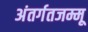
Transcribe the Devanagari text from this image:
अंतर्गतजम्मू